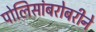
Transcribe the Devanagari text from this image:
पोलिसांबरोबरीने